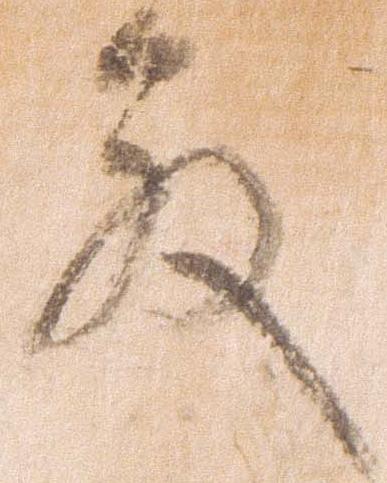
殿